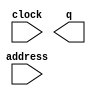
module titles (
	address,
	clock,
	q);

	input	[14:0]  address;
	input	  clock;
	output	[5:0]  q;
`ifndef ALTERA_RESERVED_QIS
// synopsys translate_off
`endif
	tri1	  clock;
`ifndef ALTERA_RESERVED_QIS
// synopsys translate_on
`endif

endmodule